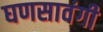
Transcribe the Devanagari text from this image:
घणसावंगी